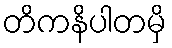
တိကနိပါတမှိ